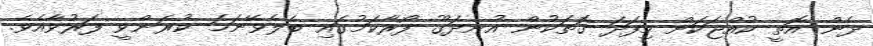
ދެން އޮތީ ކުއްޖަކަށް މިފަދަ ގޮތަކުން އުނދަގޫ ފޯރާކަމުގައި ބެލެވޭނަމަ ކުރަންވީ ފަރުވާއެވެ.